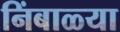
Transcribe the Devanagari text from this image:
निंबाळ्या